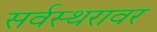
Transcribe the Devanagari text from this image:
सर्वस्थरावर